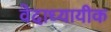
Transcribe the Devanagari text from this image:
वेदाध्यायीक